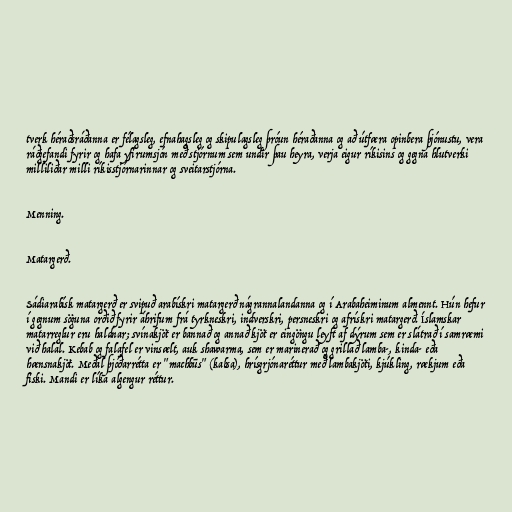
tverk héraðsráðanna er félagsleg, efnahagsleg og skipulagsleg þróun héraðanna og að útfæra opinbera þjónustu, vera
ráðgefandi fyrir og hafa yfirumsjón með stjórnum sem undir þau heyra, verja eigur ríkisins og gegna hlutverki
milliliðar milli ríkisstjórnarinnar og sveitarstjórna.

Menning.

Matargerð.

Sádiarabísk matargerð er svipuð arabískri matargerð nágrannalandanna og í Arabaheiminum almennt. Hún hefur
í gegnum söguna orðið fyrir áhrifum frá tyrkneskri, indverskri, persneskri og afrískri matargerð. Íslamskar
matarreglur eru haldnar; svínakjöt er bannað og annað kjöt er eingöngu leyft af dýrum sem er slátrað í samræmi
við halal. Kebab og falafel er vinsælt, auk shawarma, sem er marinerað og grillað lamba-, kinda- eða
hænsnakjöt. Meðal þjóðarrétta er "machbūs" (kabsa), hrísgrjónaréttur með lambakjöti, kjúkling, rækjum eða
fiski. Mandi er líka algengur réttur.